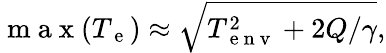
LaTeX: \mathrm{~m~a~x~}(T_{\mathrm{~e~}})\approx\sqrt{T_{\mathrm{~e~n~v~}}^{2}+2Q/\gamma},